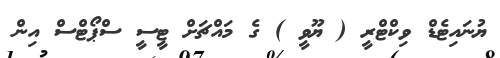
ޔުނައިޓެޑް ވިކްޓްރީ ( ޔޫވީ ) ގެ މައްޗަށް ޓީސީ ސްޕޯޓްސް އިން